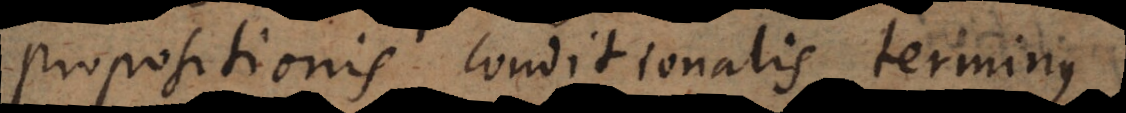
propositionis conditionalis terminus